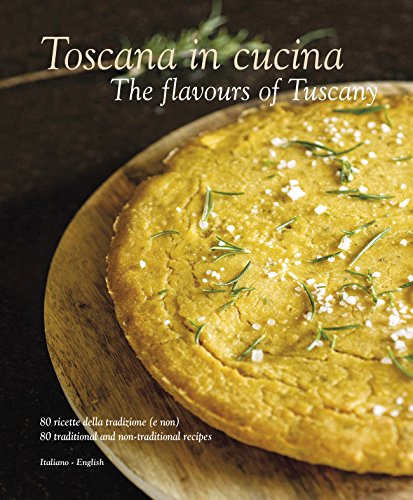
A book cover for Toscana in Cucina: The Flavours of Tuscany; Cookbooks, Food & Wine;